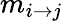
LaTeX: m_{i\to j}